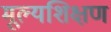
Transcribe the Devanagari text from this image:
मूल्यशिक्षण